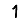
Digit: 1